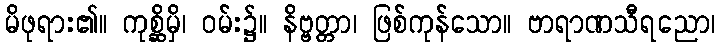
မိဖုရား၏။ ကုစ္ဆိမှိ၊ ဝမ်း၌။ နိဗ္ဗတ္တာ၊ ဖြစ်ကုန်သော။ ဗာရာဏသီရညော၊